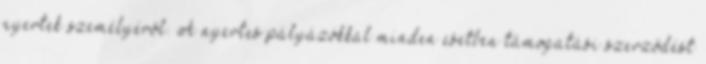
nyertek személyéről. A nyertes pályázókkal minden esetben támogatási szerződést